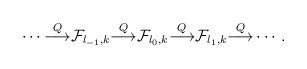
\begin{align*}\cdots {\buildrel Q \over \longrightarrow }{\cal F}_{l_{-1},k}{\buildrel Q \over \longrightarrow }{\cal F}_{l_{0},k}{\buildrel Q \over \longrightarrow }{\cal F}_{l_{1},k}{\buildrel Q \over \longrightarrow }\cdots.\end{align*}